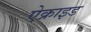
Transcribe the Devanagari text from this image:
ऐक्राइड